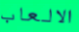
الالعاب